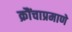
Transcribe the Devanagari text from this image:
क्रौंचाप्रमाणे